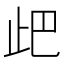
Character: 𣥘